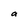
Character: a